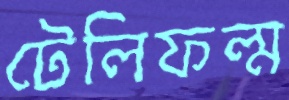
টেলিফল্ম